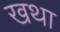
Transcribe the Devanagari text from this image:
खथा